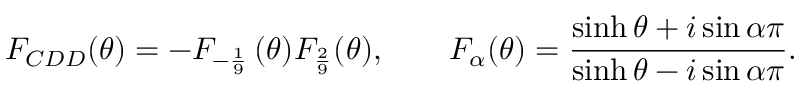
F _ { C D D } ( \theta ) = - F _ { - \frac { 1 } { 9 } } \, ( \theta ) F _ { \frac { 2 } { 9 } } ( \theta ) , \qquad F _ { \alpha } ( \theta ) = { \frac { \sinh \theta + i \sin \alpha \pi } { \sinh \theta - i \sin \alpha \pi } } .